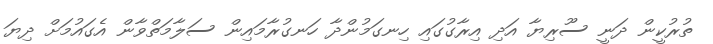
ތުރުކީން ދަނީ ސޫރިޔާ އަދި އިރާގުގައި ހިނގަމުންދާ ހަނގުރާމައިން ސަލާމަތްވާން އެގައުމަށް ދިޔަ